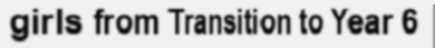
girls from Transition to Year 6